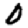
Digit: 0